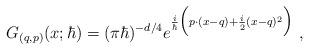
LaTeX: \begin{align*}G_{(q,p)}(x;\hbar) =(\pi\hbar)^{-d/4}e^{\frac{i}{\hbar}\Big(p\cdot (x-q)+\frac{i}{2}(x-q)^2\Big)} \ ,\end{align*}